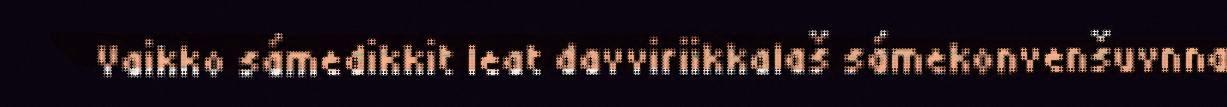
Vaikko sámedikkit leat davviriikkalaš sámekonvenšuvnna